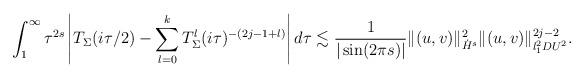
LaTeX: \begin{align*}\int_1^\infty \tau^{2s}\left| T_\Sigma(i\tau/2) - \sum_{l = 0}^k T_\Sigma^l (i\tau)^{-(2j-1+l)}\right| d\tau \lesssim\frac{1}{|\sin (2\pi s)|} \| (u,v) \|_{\dot H^s}^2\|(u,v)\|_{l^2_1 DU^2}^{2j-2}.\end{align*}